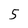
Character: 5